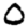
Digit: 0